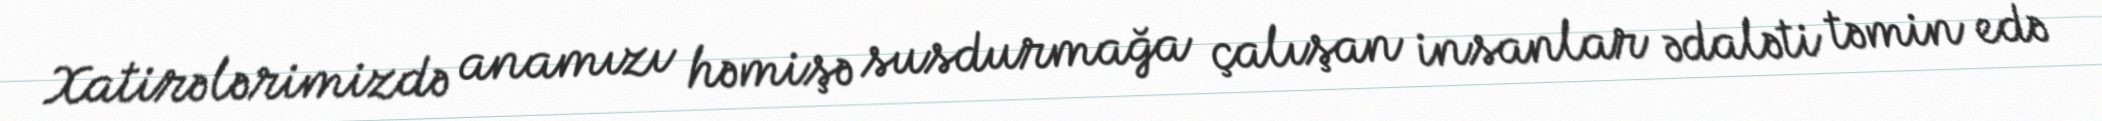
Xatirələrimizdə anamızı həmişə susdurmağa çalışan insanlar ədaləti təmin edə